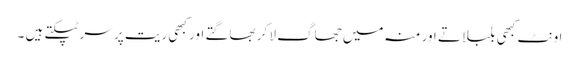
اونٹ کبھی بلبلاتے اور منہ میں جھاگ لا کر بھاگتے اور کبھی ریت پر سر ٹپکتے ہیں ۔